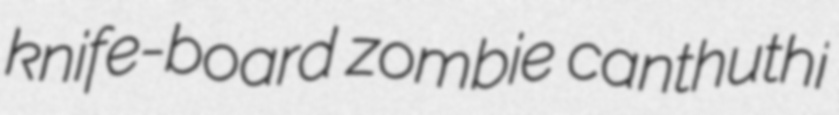
knife-board zombie canthuthi